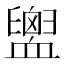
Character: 𧗕